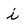
Character: i